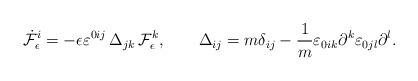
LaTeX: \begin{align*}\dot{\cal F}^i_\epsilon = -\epsilon \varepsilon^{0ij}\,\Delta_{jk}\, {\cal F}^k_\epsilon, \qquad \Delta_{ij} = m \delta_{ij} - \frac{1}{m} \varepsilon_{0ik} \partial^k \varepsilon_{0jl} \partial^l.\end{align*}